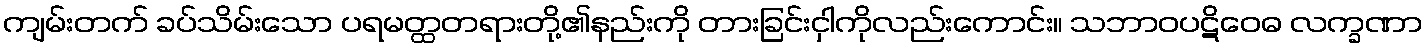
ကျမ်းတက် ခပ်သိမ်းသော ပရမတ္ထတရားတို့၏နည်းကို တားခြင်းငှါကိုလည်းကောင်း။ သဘာဝပဋိဝေဓ လက္ခဏာ